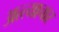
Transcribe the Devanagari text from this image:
अत्त्याचार